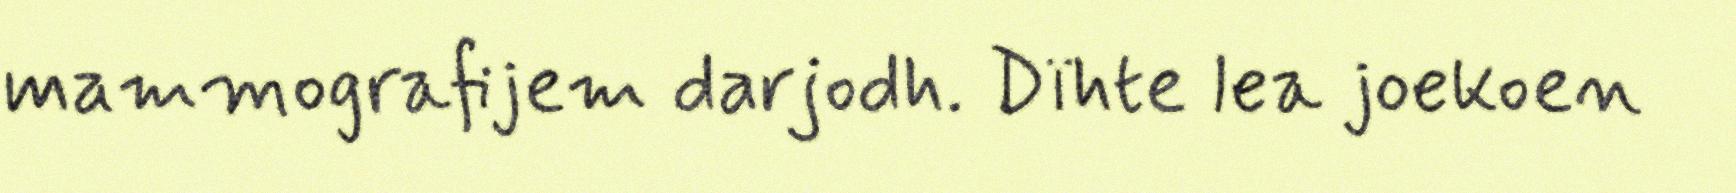
mammografijem darjodh. Dïhte lea joekoen